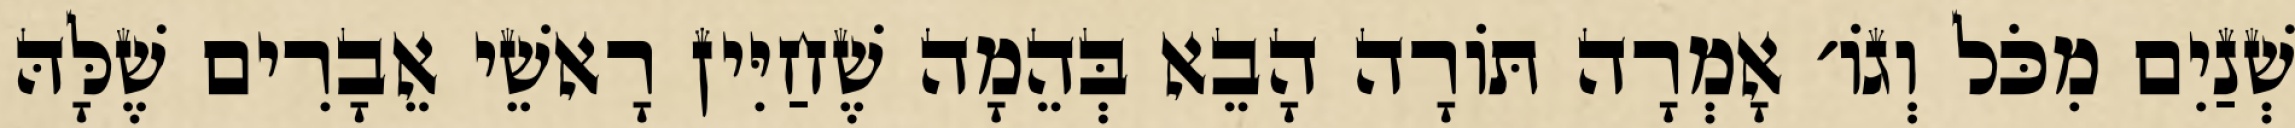
שְׁנַיִם מִכֹּל וְגוֹ׳ אָמְרָה תּוֹרָה הָבֵא בְּהֵמָה שֶׁחַיִּין רָאשֵׁי אֵבָרִים שֶׁלָּהּ